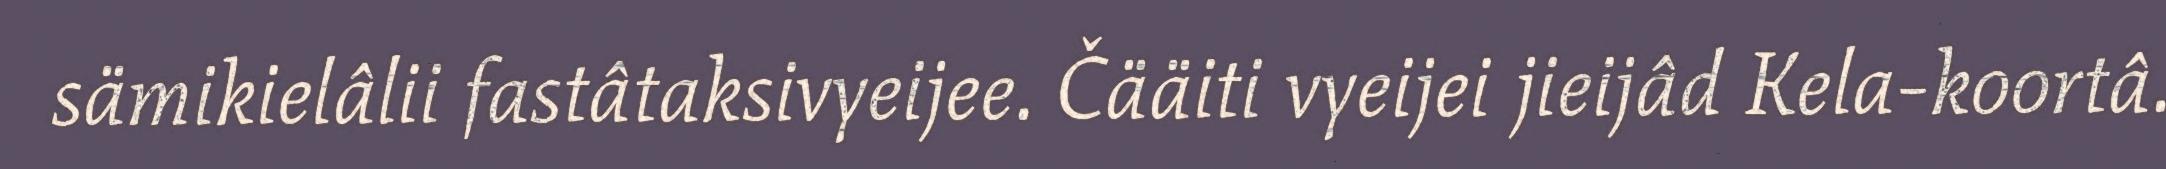
sämikielâlii fastâtaksivyeijee. Čääiti vyeijei jieijâd Kela-koortâ.